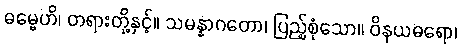
ဓမ္မေဟိ၊ တရားတို့နှင့်။ သမန္နာဂတော၊ ပြည့်စုံသော။ ဝိနယဓရော၊